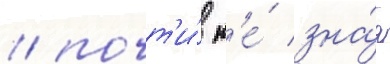
/ почт'и́ н'е́ зна́я